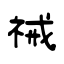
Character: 祴